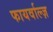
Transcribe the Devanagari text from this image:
फायर्वाल्ज़